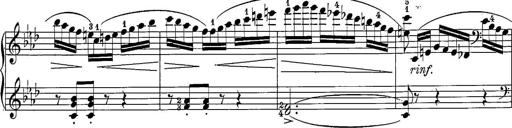
Title: 12 Sonatine per Pianoforte
Composer: Friedrich Kuhlau